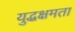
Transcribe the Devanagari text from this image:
युद्धक्षमता